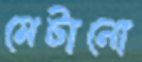
মেটানো